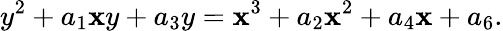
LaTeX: y^{2}+a_{1}\mathbf{x}y+a_{3}y=\mathbf{x}^{3}+a_{2}\mathbf{x}^{2}+a_{4}\mathbf{x}+a_{6}.